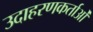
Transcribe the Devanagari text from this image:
उदाहरणकर्ताओं